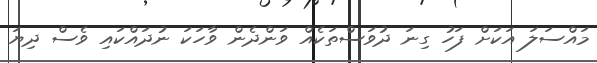
މައްސަލަ އަކަށް ފަހު ގިނަ ދުވަސްތަކެއް ވަންދެން ވާހަކަ ނުދައްކައި ވެސް ދިޔަ